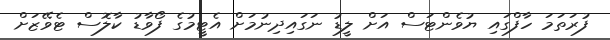
ފުރަތަމަ ހާފްގައި ޔުވެންޓަސް އަށް ލީޑު ނަގައިދިނުމަށް އެޓީމުގެ ފޯވާޑު ކާލޮސް ޓެވޭޒަށް